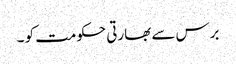
برس سے بھارتی حکومت کو ۔